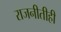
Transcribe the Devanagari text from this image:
राजनीतीही